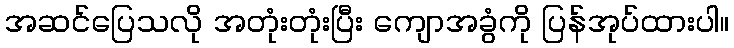
အဆင်ပြေသလို အတုံးတုံးပြီး ကျောအခွံကို ပြန်အုပ်ထားပါ။